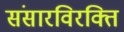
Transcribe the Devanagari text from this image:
संसारविरक्ति